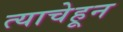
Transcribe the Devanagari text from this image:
त्याचेहून